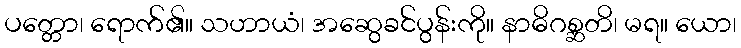
ပတ္တော၊ ရောက်၏။ သဟာယံ၊ အဆွေခင်ပွန်းကို။ နာဓိဂစ္ဆတိ၊ မရ။ ယော၊